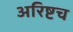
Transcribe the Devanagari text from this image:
अरिष्टच